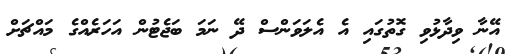
އޭނާ ވިދާޅުވި ގޮތުގައި އެ އެލަވަންސް ދޭ ނަމަ ބަޖެޓުން އަހަރެއްގެ މައްޗަށް